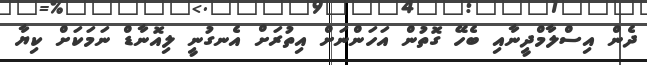
ދެން އިސްލާމްދީނާއި ބެހޭ ގޮތުން އަހަންނަށް އިތުރަށް އެނގުނީ ލިއޮނާޑް ނަމަކަށް ކިޔާ